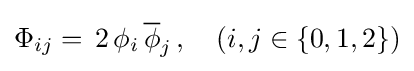
\Phi _{ij}=\,2\,\phi _{i}\,{\overline {\phi }}_{j}\,,\quad (i,j\in \{0,1,2\})